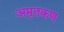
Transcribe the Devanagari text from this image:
अमृतकण